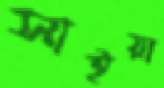
সাইয়া